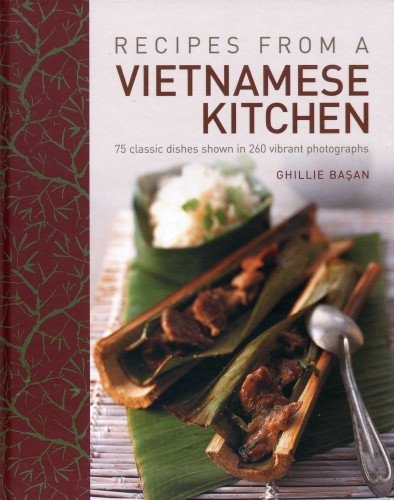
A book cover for Recipes From A Vietnamese Kitchen: 75 classic dishes shown in 260 vibrant photographs; Ghillie Basan; Cookbooks, Food & Wine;